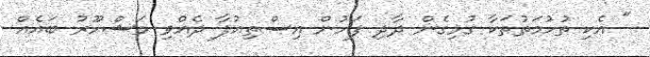
" އެކި ތުހުމަތުތަކާ ގުޅިގެން ދާދި ފަހުން އިސްތިއުފާ ދެއްވި މަޝްހޫރު ބައެއް